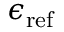
\boldsymbol { \epsilon } _ { \mathrm { r e f } }